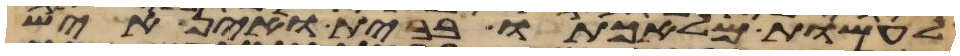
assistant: לעשות מלאכתו בבית ואין איש